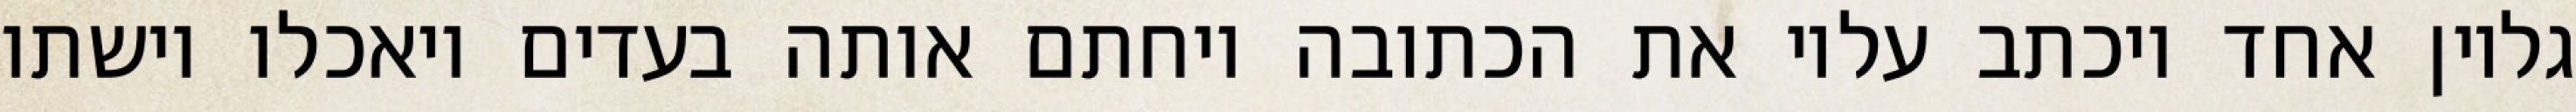
גליון אחד ויכתב עליו את הכתובה ויחתם אותה בעדים ויאכלו וישתו